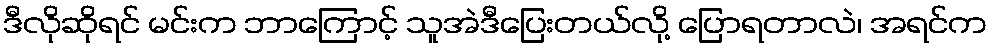
ဒီလိုဆိုရင် မင်းက ဘာကြောင့် သူအဲဒီပြေးတယ်လို့ ပြောရတာလဲ၊ အရင်က